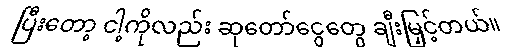
ပြီးတော့ ငါ့ကိုလည်း ဆုတော်ငွေတွေ ချီးမြှင့်တယ်။